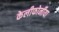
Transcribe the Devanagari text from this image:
केलीफोर्नीया